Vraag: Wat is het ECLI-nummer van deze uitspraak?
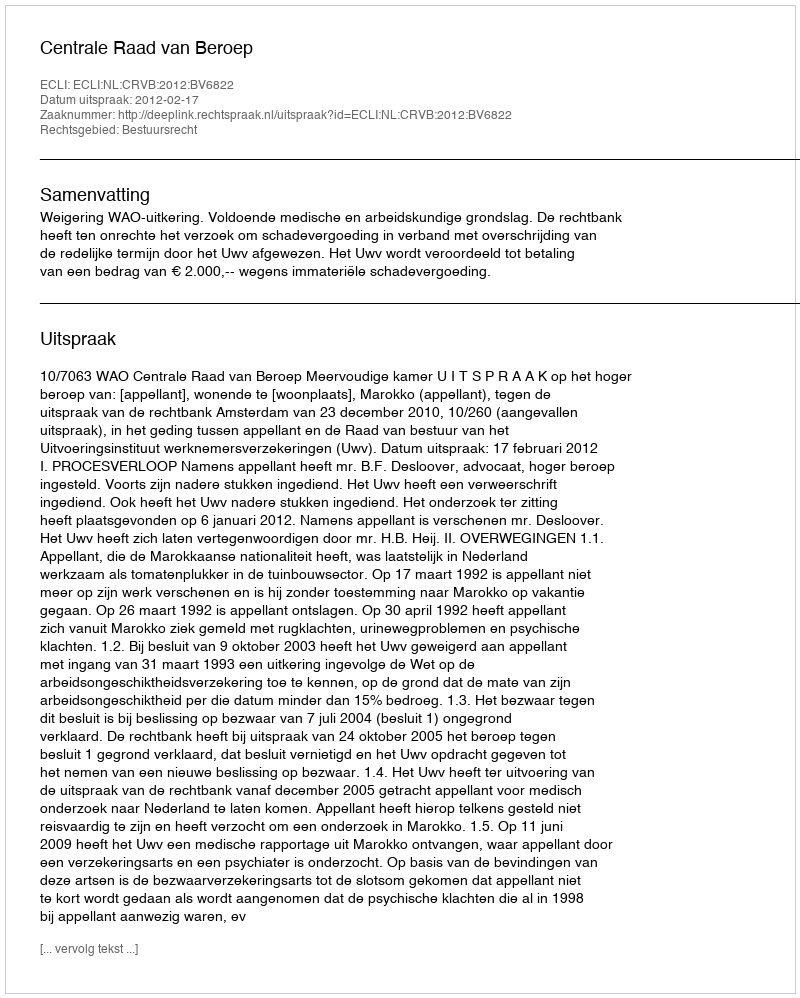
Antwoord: ECLI:NL:CRVB:2012:BV6822